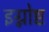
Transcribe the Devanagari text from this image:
इग्नोष्ट